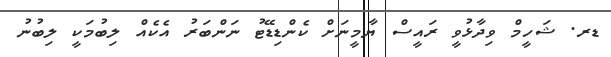
ޑރ. ޝަހީމް ވިދާޅުވީ ރައީސް ޔާމީނަށް ކެންޑިޑޭޓު ނަންބަރު އެކެއް ލިބުމަކީ ލިބުނު